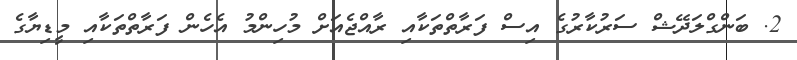
2. ބަންގްލަދޭޝް ސަރުކާރުގެ އިސް ފަރާތްތަކާއި ރާއްޖެއަށް މުހިންމު އެހެން ފަރާތްތަކާއި މީޑިޔާގެ